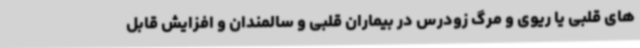
های قلبی یا ریوی و مرگ زودرس در بیماران قلبی و سالمندان و افزایش قابل